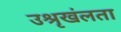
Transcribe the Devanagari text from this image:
उश्रृखंलता